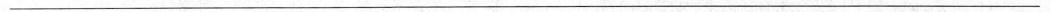
___